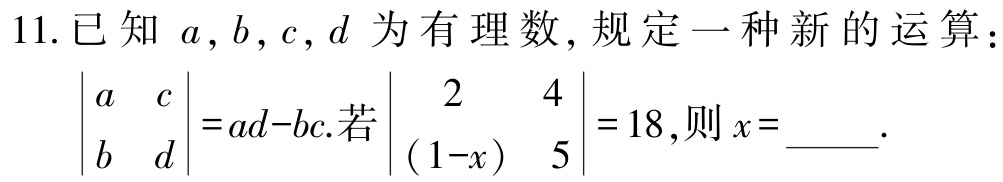
11. 已知 \(a,b,c,d\) 为有理数, 规定一种新的运算：
\(\begin{vmatrix}a&c\\b&d\end{vmatrix}=ad - bc\).若\(\begin{vmatrix}2&4\\(1 - x)&5\end{vmatrix}=18\),则 \(x =\)_____.